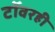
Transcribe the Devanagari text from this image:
टॉवरही